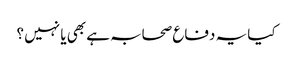
کیا یہ دفاع صحابہ ہے بھی یا نہیں ؟